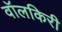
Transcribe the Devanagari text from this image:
वॉलकिरी